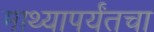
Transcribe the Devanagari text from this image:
माथ्यापर्यंतचा